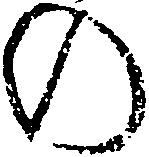
の